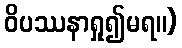
ဝိပဿနာရှု၍မရ။)